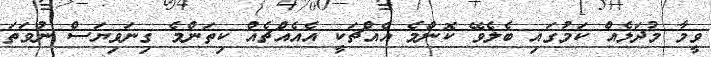
ވީމާ މުދަލެއް ކަމުގައި ބެލެވޭ ކޮންމެ އެއްޗަކީ އެއެއްޗެއް ކިތަންމެ ގިނަވިޔަސް ނުވަތަ